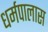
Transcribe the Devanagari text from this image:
धर्मपालास